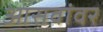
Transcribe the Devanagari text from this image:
आसवांवर